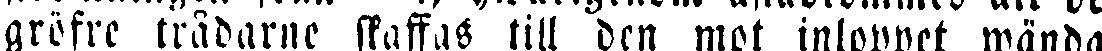
gröfre trådarne skaffas lill den mot, inloppet wända